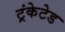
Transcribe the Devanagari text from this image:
ट्रंकेटेड